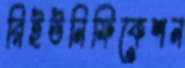
রিইউনিফিকেশন